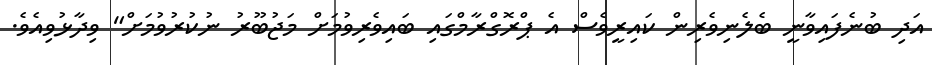
އަދި ބުނެފައިވާނީ ބެލެނިވެރިން ކައިރީވެސް އެ ޕްރޮގްރާމްގައި ބައިވެރިވުމަށް މަޖުބޫރު ނުކުރުވުމަށް" ވިދާޅުވިއެވެ.